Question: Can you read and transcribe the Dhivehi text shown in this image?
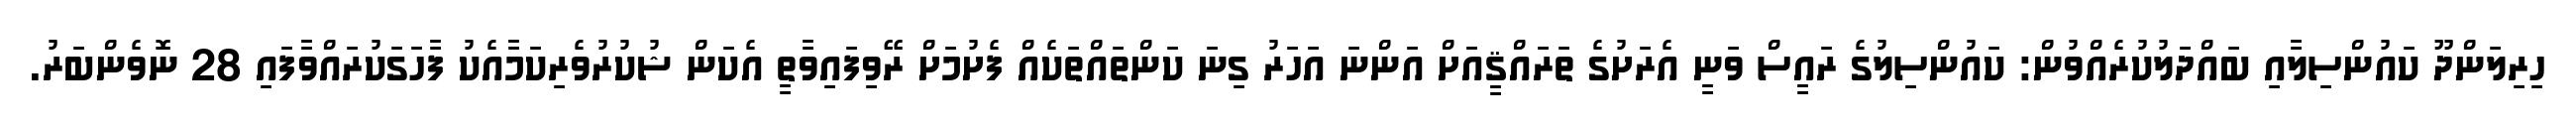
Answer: ހިރިލަންދޫ ކައުންސިލާއި ބައްދަލުކުރެއްވުން: ކައުންސިލުގެ ރައީސް ވަނީ އެރަށުގެ ތަރައްޤީއަށް އަންނަ އަހަރު ގިނަ ކަންތައްތަކެއް ފެށުމަށް ރޭވިފައިވާތީ އެކަން ޝުކުރުވެރިކަމާއެކު ފާހަގަކުރައްވާފައި 28 ނޮވެންބަރު.